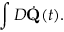
\int { \cal D } \dot { \bf Q } ( t ) .